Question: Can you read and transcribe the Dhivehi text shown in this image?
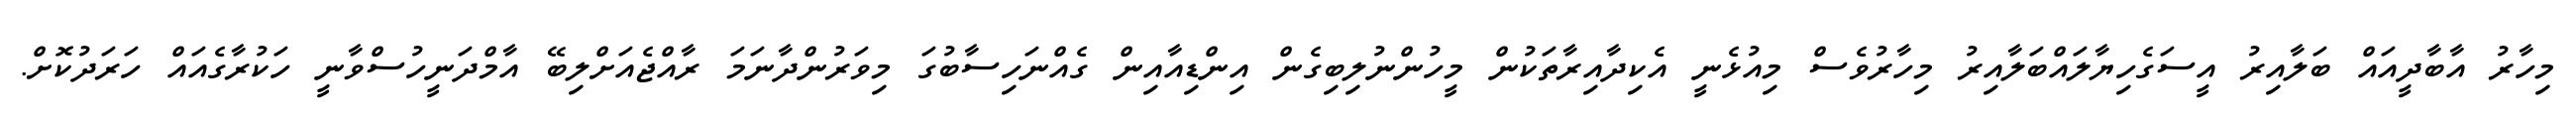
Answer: މިހާރު އާބާދީއައް ބަލާއިރު އީސަގެހިޔާލައްބަލާއިރު މިހާރުވެސް މިއުޅެނީ އެކިދާއިރާތަކުން މީހުންނުލިބިގެން އިންޑިއާއިން ގެއްނަހިސާބުގަ މިވަރުންދާނަމަ ރާއްޖެއަށްލިބޭ އާމްދަނީހުސްވާނީ ހަކުރާގެއައް ހަރަދުކޮށް.